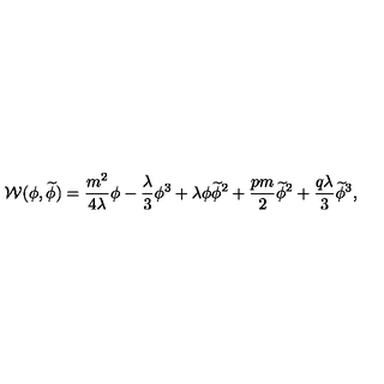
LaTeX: { \cal W } ( \phi , \widetilde \phi ) = \frac { m ^ { 2 } } { 4 \lambda } \phi - \frac { \lambda } { 3 } \phi ^ { 3 } + \lambda \phi \widetilde \phi ^ { 2 } + \frac { p m } { 2 } \widetilde \phi ^ { 2 } + \frac { q \lambda } { 3 } \widetilde \phi ^ { 3 } ,